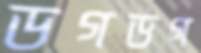
ডগডগ